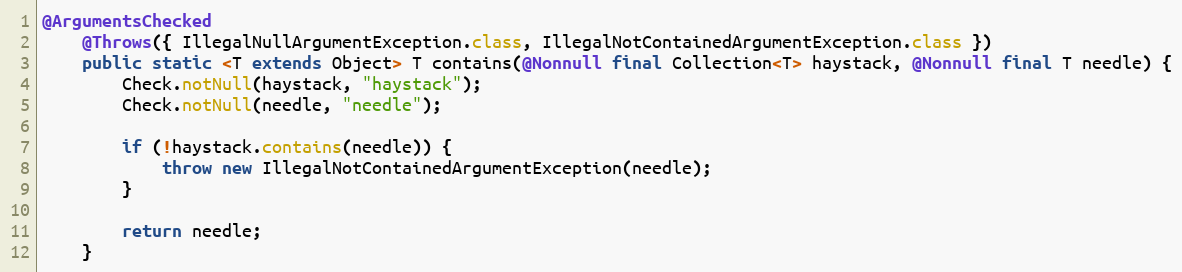
Language: Java
@ArgumentsChecked
	@Throws({ IllegalNullArgumentException.class, IllegalNotContainedArgumentException.class })
	public static <T extends Object> T contains(@Nonnull final Collection<T> haystack, @Nonnull final T needle) {
		Check.notNull(haystack, "haystack");
		Check.notNull(needle, "needle");

		if (!haystack.contains(needle)) {
			throw new IllegalNotContainedArgumentException(needle);
		}

		return needle;
	}